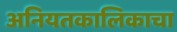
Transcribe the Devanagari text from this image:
अनियतकालिकाचा